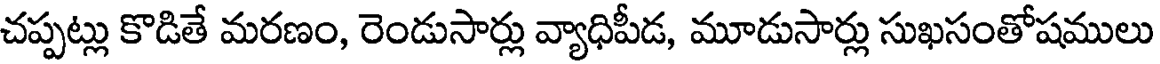
చప్పట్లు కొడితే మరణం, రెండుసార్లు వ్యాధిపీడ, మూడుసార్లు సుఖసంతోషములు